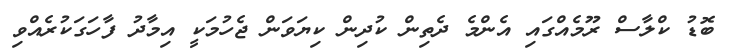
ބޮޑު ކްލާސް ރޫމެއްގައި އެންމެ ދެތިން ކުދިން ކިޔަވަން ޖެހުމަކީ އިމާދު ފާހަގަކުރެއްވި